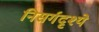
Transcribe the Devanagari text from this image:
निसर्गदृश्ये